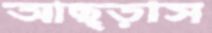
আছ্‌ড়াস